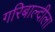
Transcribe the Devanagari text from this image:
गरिबाल्दीला